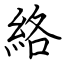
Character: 絡